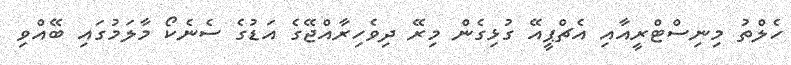
ހެލްތު މިނިސްޓްރީއާއި އެޗްޕީއޭ ގުޅިގެން މިރޭ ދިވެހިރާއްޖޭގެ އަޑުގެ ސެނެކޯ މާލަމުގައި ބޭއްވި